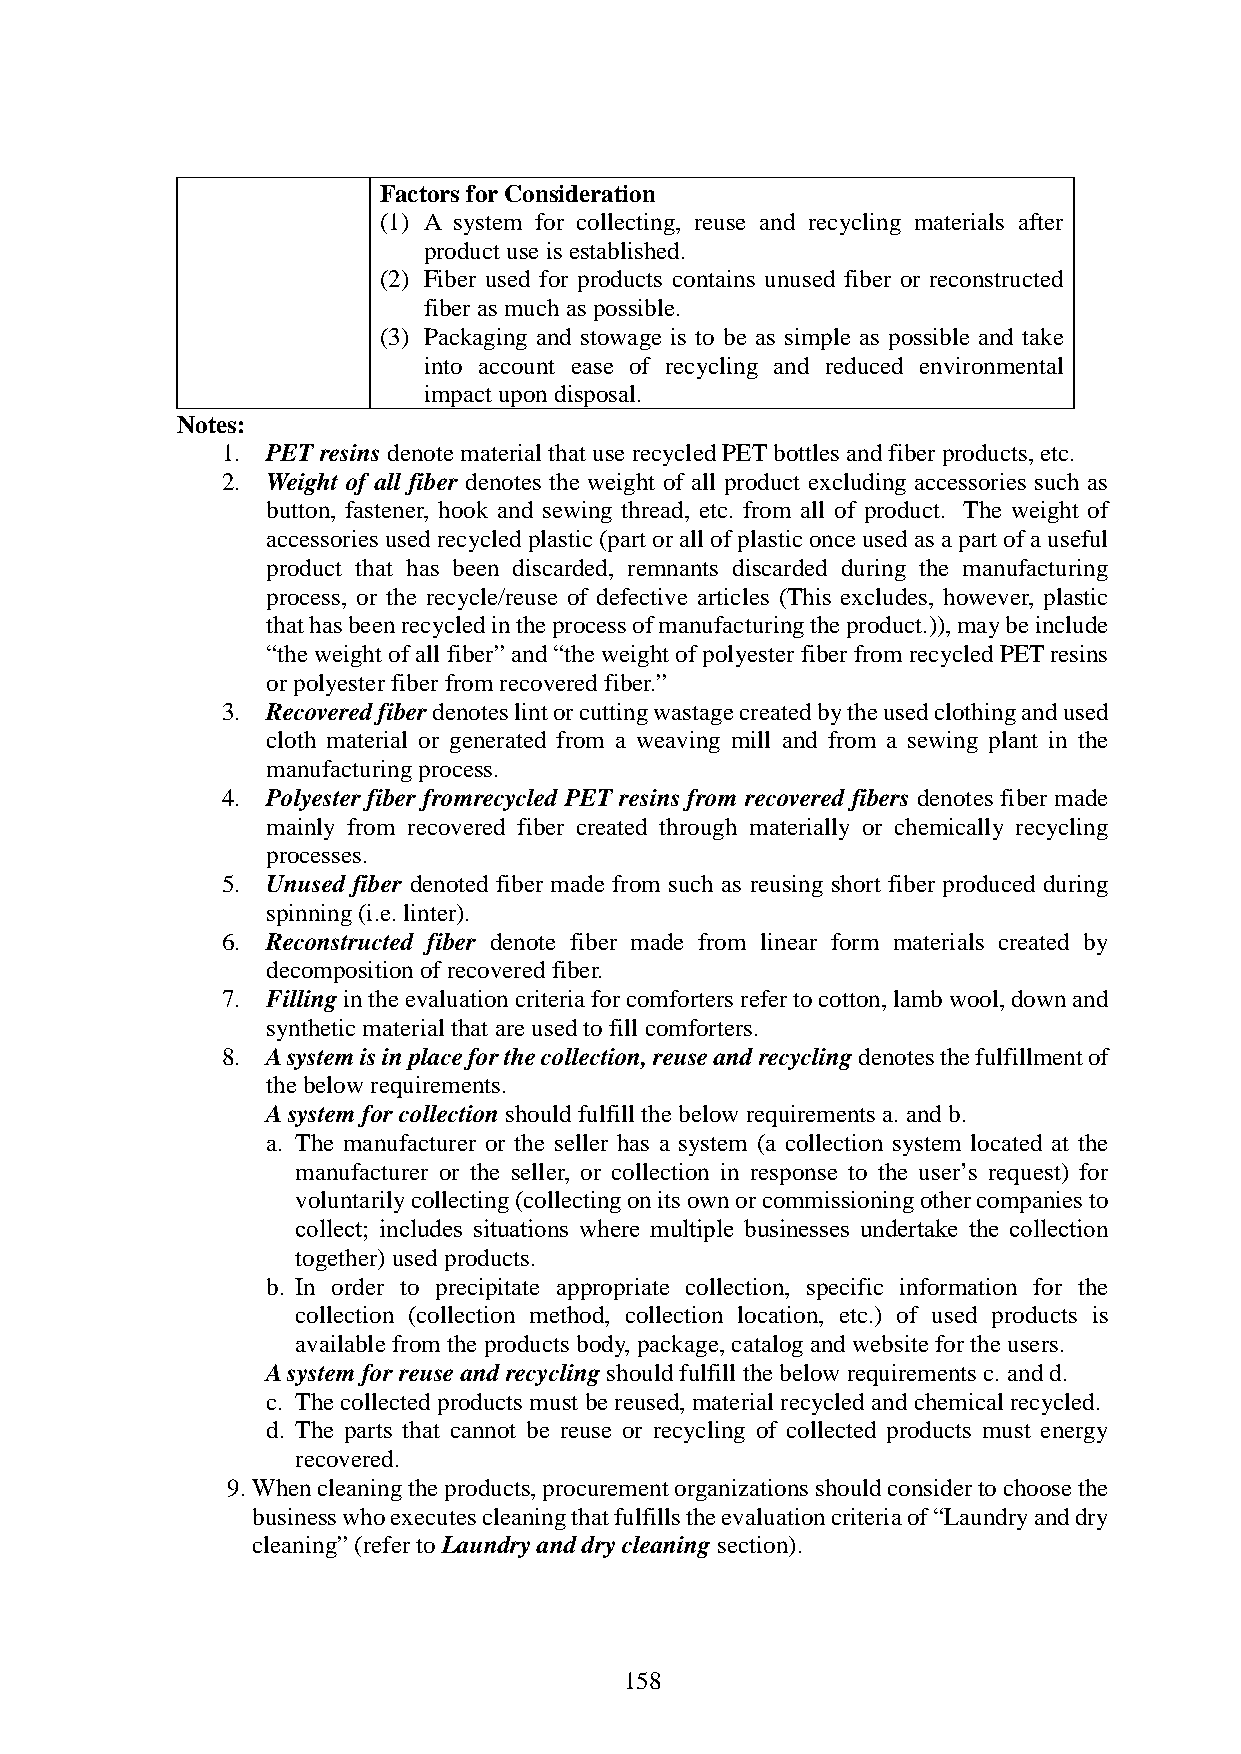
Factors for Consideration
 (1) A system for collecting, reuse and recycling materials after
 product use is established.
 (2) Fiber used for products contains unused fiber or reconstructed
 fiber as much as possible.
 (3) Packaging and stowage is to be as simple as possible and take
 into account ease of recycling and reduced environmental
 impact upon disposal.
 Notes:
 1. PET resins denote material that use recycled PET bottles and fiber products, etc.
 2. Weight of all fiber denotes the weight of all product excluding accessories such as
 button, fastener, hook and sewing thread, etc. from all of product. The weight of
 accessories used recycled plastic (part or all of plastic once used as a part of a useful
 product that has been discarded, remnants discarded during the manufacturing
 process, or the recycle/reuse of defective articles (This excludes, however, plastic
 that has been recycled in the process of manufacturing the product.)), may be include
 “the weight of all fiber” and “the weight of polyester fiber from recycled PET resins
 or polyester fiber from recovered fiber.”
 3. Recovered fiber denotes lint or cutting wastage created by the used clothing and used
 cloth material or generated from a weaving mill and from a sewing plant in the
 manufacturing process.
 4. Polyester fiber fromrecycled PET resins from recovered fibers denotes fiber made
 mainly from recovered fiber created through materially or chemically recycling
 processes.
 5. Unused fiber denoted fiber made from such as reusing short fiber produced during
 spinning (i.e. linter).
 6. Reconstructed fiber denote fiber made from linear form materials created by
 decomposition of recovered fiber.
 7. Filling in the evaluation criteria for comforters refer to cotton, lamb wool, down and
 synthetic material that are used to fill comforters.
 8. A system is in place for the collection, reuse and recycling denotes the fulfillment of
 the below requirements.
 A system for collection should fulfill the below requirements a. and b.
 a. The manufacturer or the seller has a system (a collection system located at the
 manufacturer or the seller, or collection in response to the user’s request) for
 voluntarily collecting (collecting on its own or commissioning other companies to
 collect; includes situations where multiple businesses undertake the collection
 together) used products.
 b. In order to precipitate appropriate collection, specific information for the
 collection (collection method, collection location, etc.) of used products is
 available from the products body, package, catalog and website for the users.
 A system for reuse and recycling should fulfill the below requirements c. and d.
 c. The collected products must be reused, material recycled and chemical recycled.
 d. The parts that cannot be reuse or recycling of collected products must energy
 recovered.
 9. When cleaning the products, procurement organizations should consider to choose the
 business who executes cleaning that fulfills the evaluation criteria of “Laundry and dry
 cleaning” (refer to Laundry and dry cleaning section).
 158